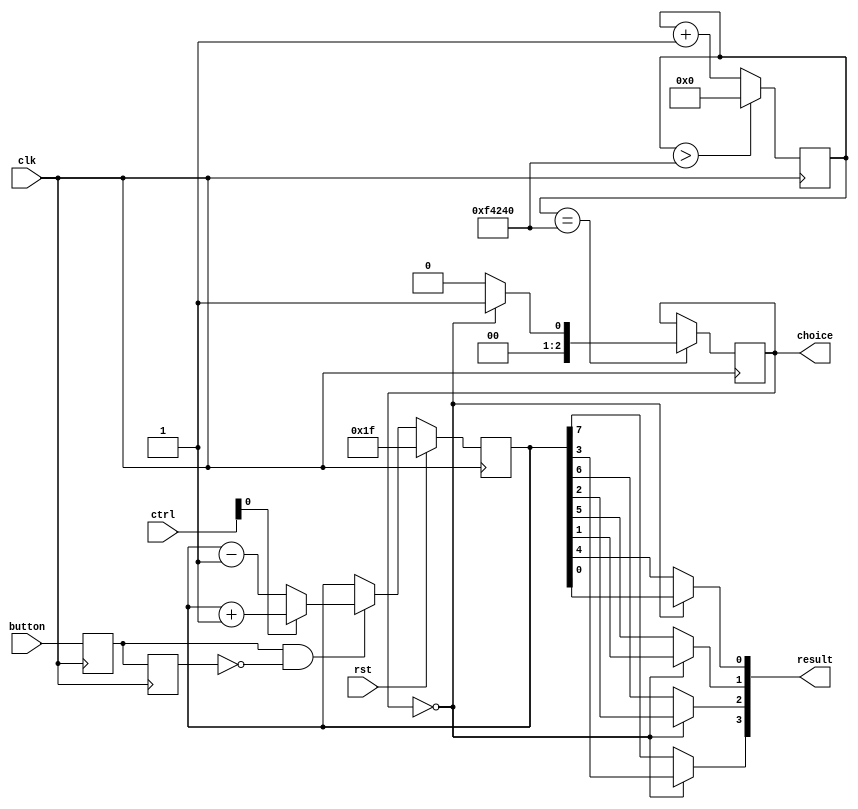
module counter_16bit(
input clk,rst,button,
input [6:0] ctrl,
output reg [3:0] result,
output reg [2:0] choice
);
reg [7:0] cnt;
//reg [7:0] cnt1;
reg [19:0] led_cnt;
wire pulse_100Hz;
wire button_edge;//1 clkbutton
reg button_r1,button_r2;
//button
always@(posedge clk)
 button_r1 <= button;
always@(posedge clk)
 button_r2 <= button_r1;
assign button_edge = button_r1 & (~button_r2);

//
always @(posedge clk)
begin
    if(rst)
        cnt <= 8'h1f;
    else 
    begin
    if (button_edge==1)
    begin
        if(ctrl[0] == 1'b1)
            cnt <= cnt + 8'b1;
        else
            cnt <= cnt - 8'b1; 
    end
    end
end
//
/*always @(posedge clk)
begin
    if(rst)
        cnt1 <= 8'h1f;
    else
        cnt1 <= cnt;
end*/
//
always @(*)
begin
    if(choice == 3'b0)
    begin
        result[0] = cnt[0];
        result[1] = cnt[1];
        result[2] = cnt[2];
        result[3] = cnt[3];
    end
    else
    begin
        result[0] = cnt[4];
        result[1] = cnt[5];
        result[2] = cnt[6];
        result[3] = cnt[7];
    end
end


//100Hz
always @(posedge clk)
begin
    if(led_cnt>20'd1000000)
        led_cnt <= 20'd0;
    else
        led_cnt <= led_cnt + 20'd1; 
end
assign pulse_100Hz = (led_cnt==20'd1000000);
//
always @(posedge clk)
begin
    if(pulse_100Hz)
        begin
        if(choice==3'b000)
            choice <= 3'b001;
        else
            choice <= 3'b000;
        end
end
endmodule